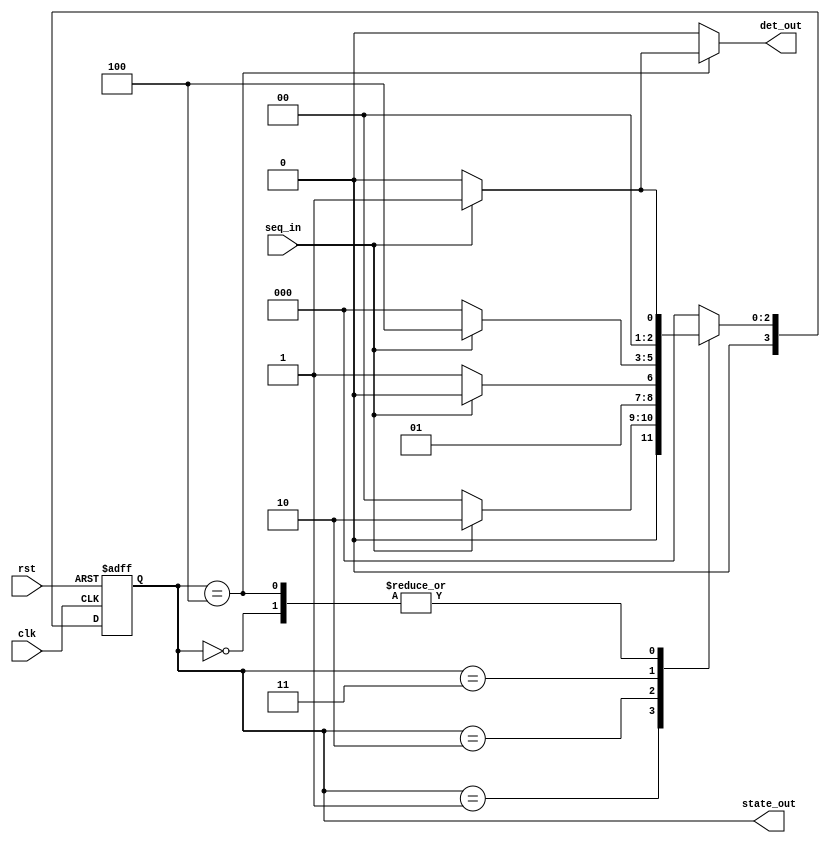
`timescale 1ns/100ps
//
// sequence detector for detecting 1011
// Mealy FSM
//
module sd_mealy(clk, rst, seq_in, det_out, state_out);
	input clk, rst, seq_in;
	output reg det_out;
	output [3:0] state_out;

	parameter  	
		s0=3'b000, 	// no valid seq
		s1=3'b001, 	// valid seq: 1 
		s2=3'b010, 	// valid seq: 11
		s3=3'b011, 	// valid seq: 110
		s4=3'b100;
		

	reg [3:0] CS, NS;
	// CS: current state
	// NS: next state

	assign state_out = CS;
	
	// sequential part of the Mealy FSM
	always @(posedge clk, posedge rst) begin
		#2
		if (rst==1) 
			CS = s0;
		else
			CS = NS;
	end 

	// combinational part of the Mealy FSM
	// determine the next state
	always @(CS, seq_in) begin
		#2
		case (CS) 
			s0:	NS = (seq_in==1) ? s1 : s0;
			s1:	NS = (seq_in==1) ? s2 : s0;
			s2:	NS = (seq_in==1) ? s2 : s3;
			s3:	NS = (seq_in==1) ? s4 : s0;
			s4:	NS = (seq_in==1) ? s1 : s0;
			default: NS = s0;
		endcase
	end

	// combinational part of the Mealy FSM
	// determine the detection output
	always @(CS, seq_in) begin 
		#2
		case (CS) 
			s0: det_out = 0;
			s1: det_out = 0;
			s2: det_out = 0;
			s3: det_out = 0;
			s4: det_out = (seq_in==1) ? 1 : 0;
			default: det_out = 0;
		endcase
	end 
endmodule